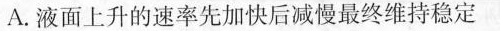
A.液面上升的速率先加快后减慢最终维持稳定